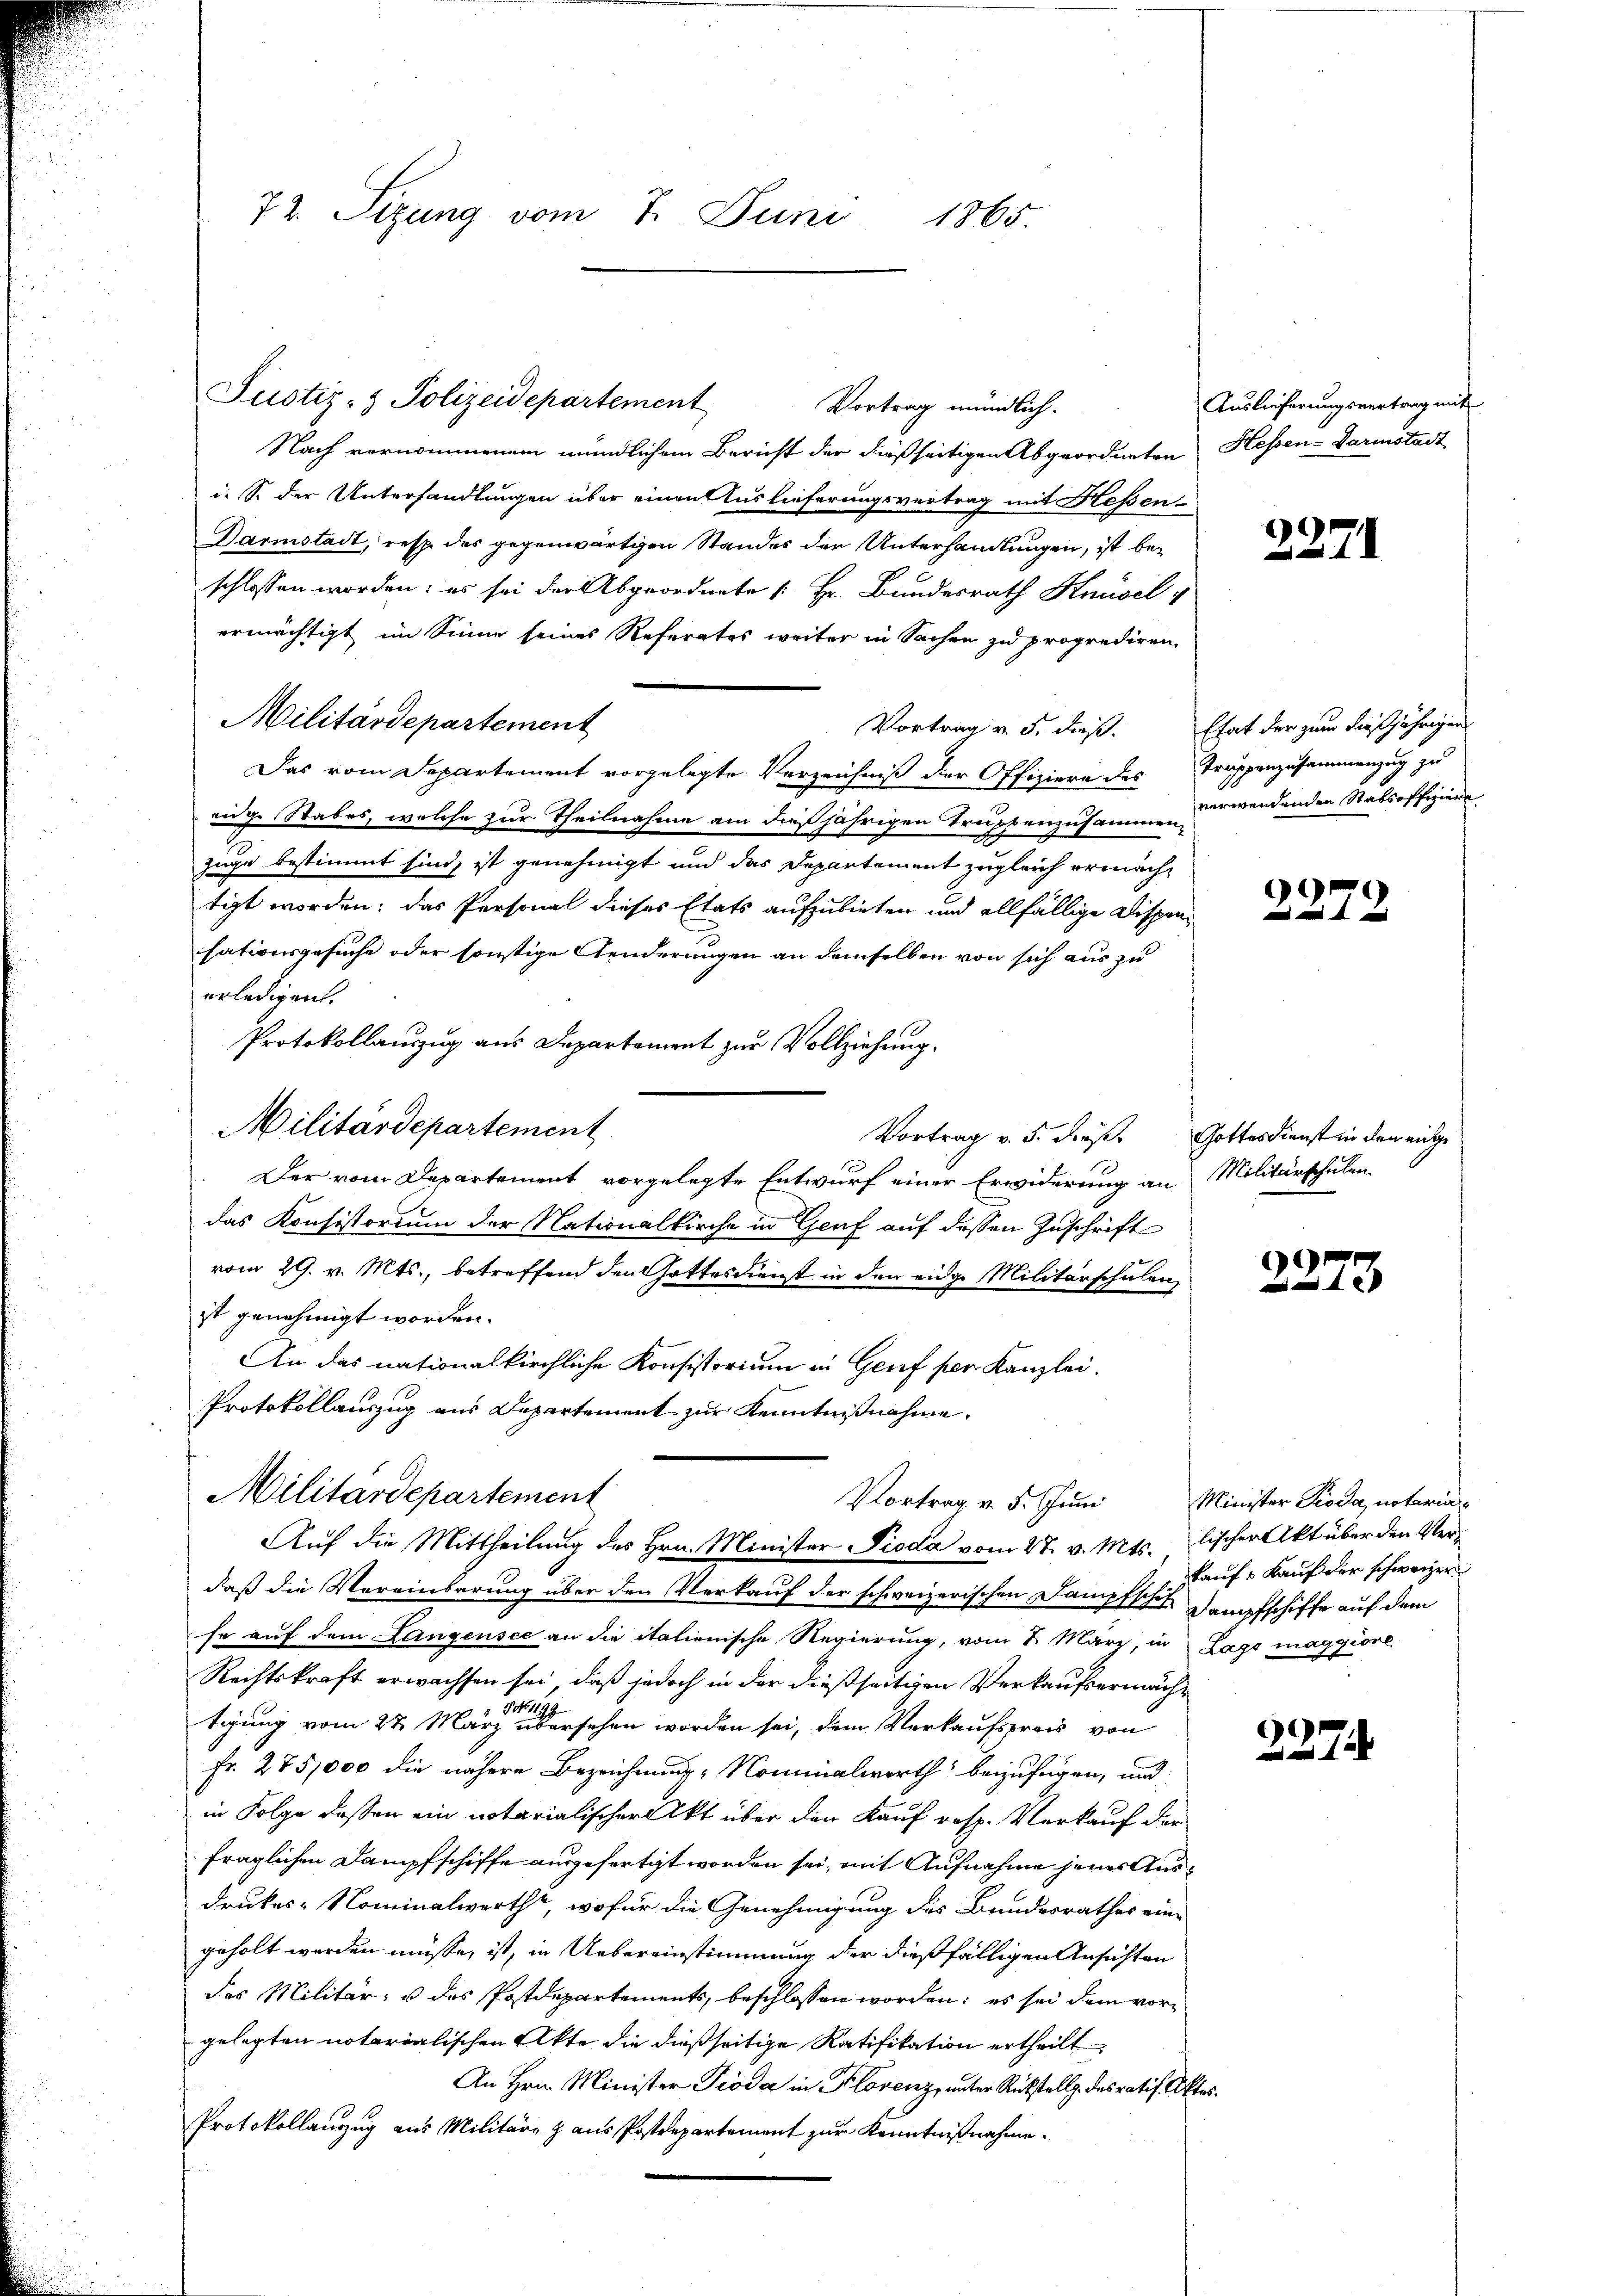
72. Sizung vom 7. Juni 1865.

Justiz- & Polizeidepartement

Militärdepartement

Vortrag mündlich.
Nach vernommenem mündlichem Bericht der dießseitigen Abgeordneten Hessen-Darmstadt
i. S. der Unterhandlungen über einen Auslieferungsvertrag mit Hessen-
Darmstadt, resp. des gegenwärtigen Standes der Unterhandlungen, ist beschlossen worden; es sei der Abgeordnete [Hr. Bundesrath Knüsel
ermächtigt im Sinne seines Referates weiter in Sachen zu proprediren,
Militärdepartement
Das vom Departement vorgelegte Verzeichniß der Offiziere des Trappenzusammenzug zu
eidge Stabes, welche zur Theilnahme am dießjährigen Truppenzusammen zuwendenden Stabsoffiziere
2
zuge bestimmt sind, ist genehmigt und das Departement zugleich ermacht
tigt worden; das Personal dieses Etats aufzubieten und allfällige Dispensationsgesuche oder sonstige Aenderungen an demselben von sich aus zu
erledigen.
Protokollauszug aus Departement zur Vollziehung.
Vortrag v. 5. dieß Gottesdienst in den einge
Der vom Departement vorgelegte Entwurf einer Erwiderung an Militärschulen
das Konsistorium der Nationalkirche in Genf auf dessen Zuschrift
vom 29. v. Mts., betreffend den Gottesdienst in den eidge Militärschulen,
ist genehmigt worden.
An das nationalkirchliche Konsistorium in Genf per Kanzlei.
Protokollauszug aus Departement zur Kenntnißnahme.
Militärdepartement
Vortrag v. 5. Juni Minister Pioda, notaria
Auf die Mittheilung des Hrn. Minister Pioda vom 27. v. Mts. lischer Akt über den Verdaß die Vereinbarung über den Verkauf der schweizerischen Dampfsche Dampfschiffe auf dem
fe auf dem Langensee an die italienische Regierung, vom 8. März, in Lago maggiore
Rechtskraft erwachsen sei, daß jedoch in der dießseitigen Verkaufsermäch¬
No 1199
tgung vom 22. März übersehen worden sei, dem Verkaufspreis von
Fr. 275,000 die nähere Bezeichnung Nominalwerth beizufügen, und
in Folge deßen ein notarialischer Akt über den Kauf resp. Verkauf der
fraglichen Dampfschiffe ausgefertigt worden sei, mit Aufnahme jenes Ausdrukes- Nominalwerth, wofür die Genehmigung des Bundesrathes eingeholt werden müsse, ist, in Uebereinstimmung der dießfälligen Ansichten
des Militär, u das Postdepartements, beschlossen worden; es sei dem vorgelegten notarialischen Akte die dießseitige Ratifikation ertheilt
An Hrn. Minister Pioda in Florenz, unter Rückstellg. des ratif Aktes.
Protokollauszug aus Militäre & aus Postdepartement zur Kenntnißnahme

Auslieferungsvertrag mit

Vortrag v. 5. dießs. Etat der zum dießjährigen

2271

2272

2273

kaufs Kauf der schweizer

227